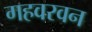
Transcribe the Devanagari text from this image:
गहवरवन